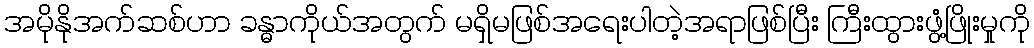
အမိုနိုအက်ဆစ်ဟာ ခန္ဓာကိုယ်အတွက် မရှိမဖြစ်အရေးပါတဲ့အရာဖြစ်ပြီး ကြီးထွားဖွံ့ဖြိုးမှုကို